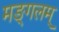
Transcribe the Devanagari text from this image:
मङ्गलम्